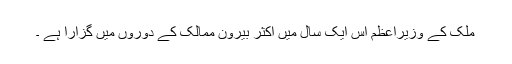
ملک کے وزیراعظم اس ایک سال میں اکثر بیرون ممالک کے دوروں میں گزارا ہے ۔